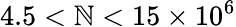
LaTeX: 4.5<\mathbb{N}<15\times10^{6}